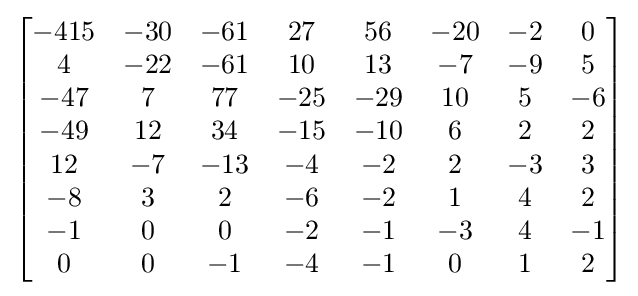
{\begin{bmatrix}-415&-30&-61&27&56&-20&-2&0\\4&-22&-61&10&13&-7&-9&5\\-47&7&77&-25&-29&10&5&-6\\-49&12&34&-15&-10&6&2&2\\12&-7&-13&-4&-2&2&-3&3\\-8&3&2&-6&-2&1&4&2\\-1&0&0&-2&-1&-3&4&-1\\0&0&-1&-4&-1&0&1&2\end{bmatrix}}